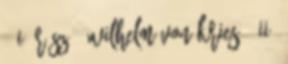
: I. rész 1 Wilhelm von Kries : II.